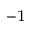
^ { - 1 }